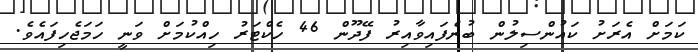
ކަމަށް އެރަށު ކައުންސިލުން ބުނެފައިވާއިރު ފޭދޫން 46 ހެކްޓަރު ހިއްކުމަށް ވަނީ ހަމަޖެހިފައެވެ.